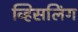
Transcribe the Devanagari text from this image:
व्हिसलिंग